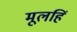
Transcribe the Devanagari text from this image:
मूलहिं